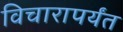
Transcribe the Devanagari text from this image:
विचारापर्यंत